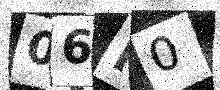
Text: 06N0